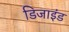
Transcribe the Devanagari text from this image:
डिजाइंड